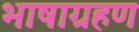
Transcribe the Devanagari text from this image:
भाषाग्रहण